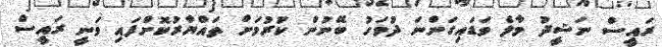
ރައީސް ނަޝީދު މާލެ ވަޑައިގަންނަ ދުވަހު ބޭނުން ކުރުމަށް ތައްޔާރުކޮށްފައި ވަނީ ރައީސް